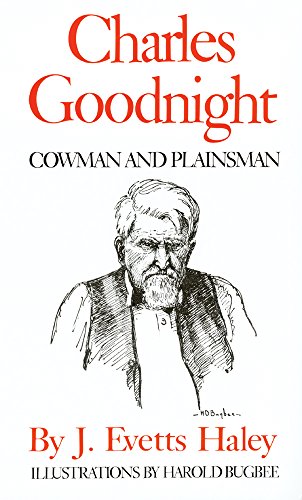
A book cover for Charles Goodnight: Cowman and Plainsman; J. Evetts Haley; Biographies & Memoirs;